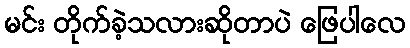
မင်း တိုက်ခဲ့သလားဆိုတာပဲ ဖြေပါလေ